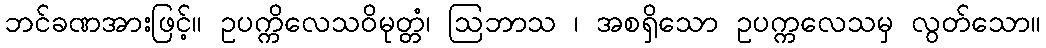
ဘင်ခဏအားဖြင့်။ ဥပက္ကိလေသဝိမုတ္တံ၊ ဩဘာသ ၊ အစရှိသော ဥပက္ကလေသမှ လွတ်သော။